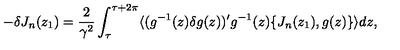
- \delta J _ { n } ( z _ { 1 } ) = \frac { 2 } { \gamma ^ { 2 } } \int _ { \tau } ^ { \tau + 2 \pi } \langle ( g ^ { - 1 } ( z ) \delta g ( z ) ) ^ { \prime } g ^ { - 1 } ( z ) \{ J _ { n } ( z _ { 1 } ) , g ( z ) \} \rangle d z ,